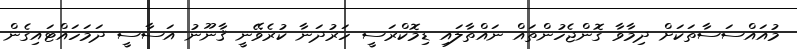
މުއައްސަސާތަކަށް ދިމާވާ ގޮންޖެހުންތައް ނައްތާލައި ޑިމޮކްރަސީ ހަރުދަނާ ކުރެވޭނީ ޤާނޫނު އަސާސީ ދަމަހައްޓައިގެން